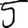
Digit: 5